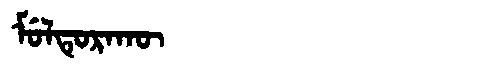
Manchu: ᠮᡠᠯᡨᡠᡵᠠᡴᡡ
Romanization: MULTURAKŪ